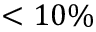
< 1 0 \%